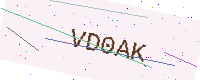
Text: VD0AK